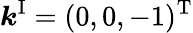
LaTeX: \boldsymbol{k}^{\mathrm{I}}=(0,0,-1)^{\mathrm{T}}